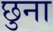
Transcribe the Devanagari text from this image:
छुना